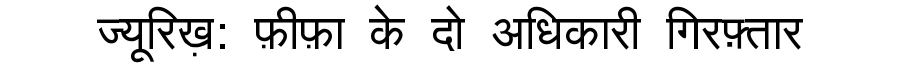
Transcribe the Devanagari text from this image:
ज्यूरिख़: फ़ीफ़ा के दो अधिकारी गिरफ़्तार